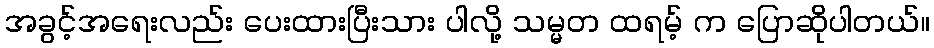
အခွင့်အရေးလည်း ပေးထားပြီးသား ပါလို့ သမ္မတ ထရမ့် က ပြောဆိုပါတယ်။